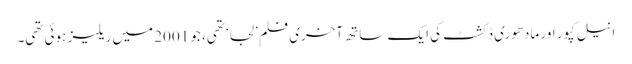
انیل کپور اور مادھوری ڈکشٹ کی ایک ساتھ آخری فلم ’لجا‘ تھی، جو 2001 میں ریلیز ہوئی تھی۔